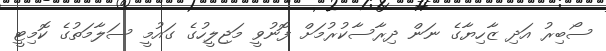
ސޯބިރު އަދި ޒާހިޔާގެ ނަން ދިރާސާކުރުމަށް ފޮނުވީ މަޖިލީހުގެ ގައުމީ ސަލާމަތުގެ ކޮމިޓީ